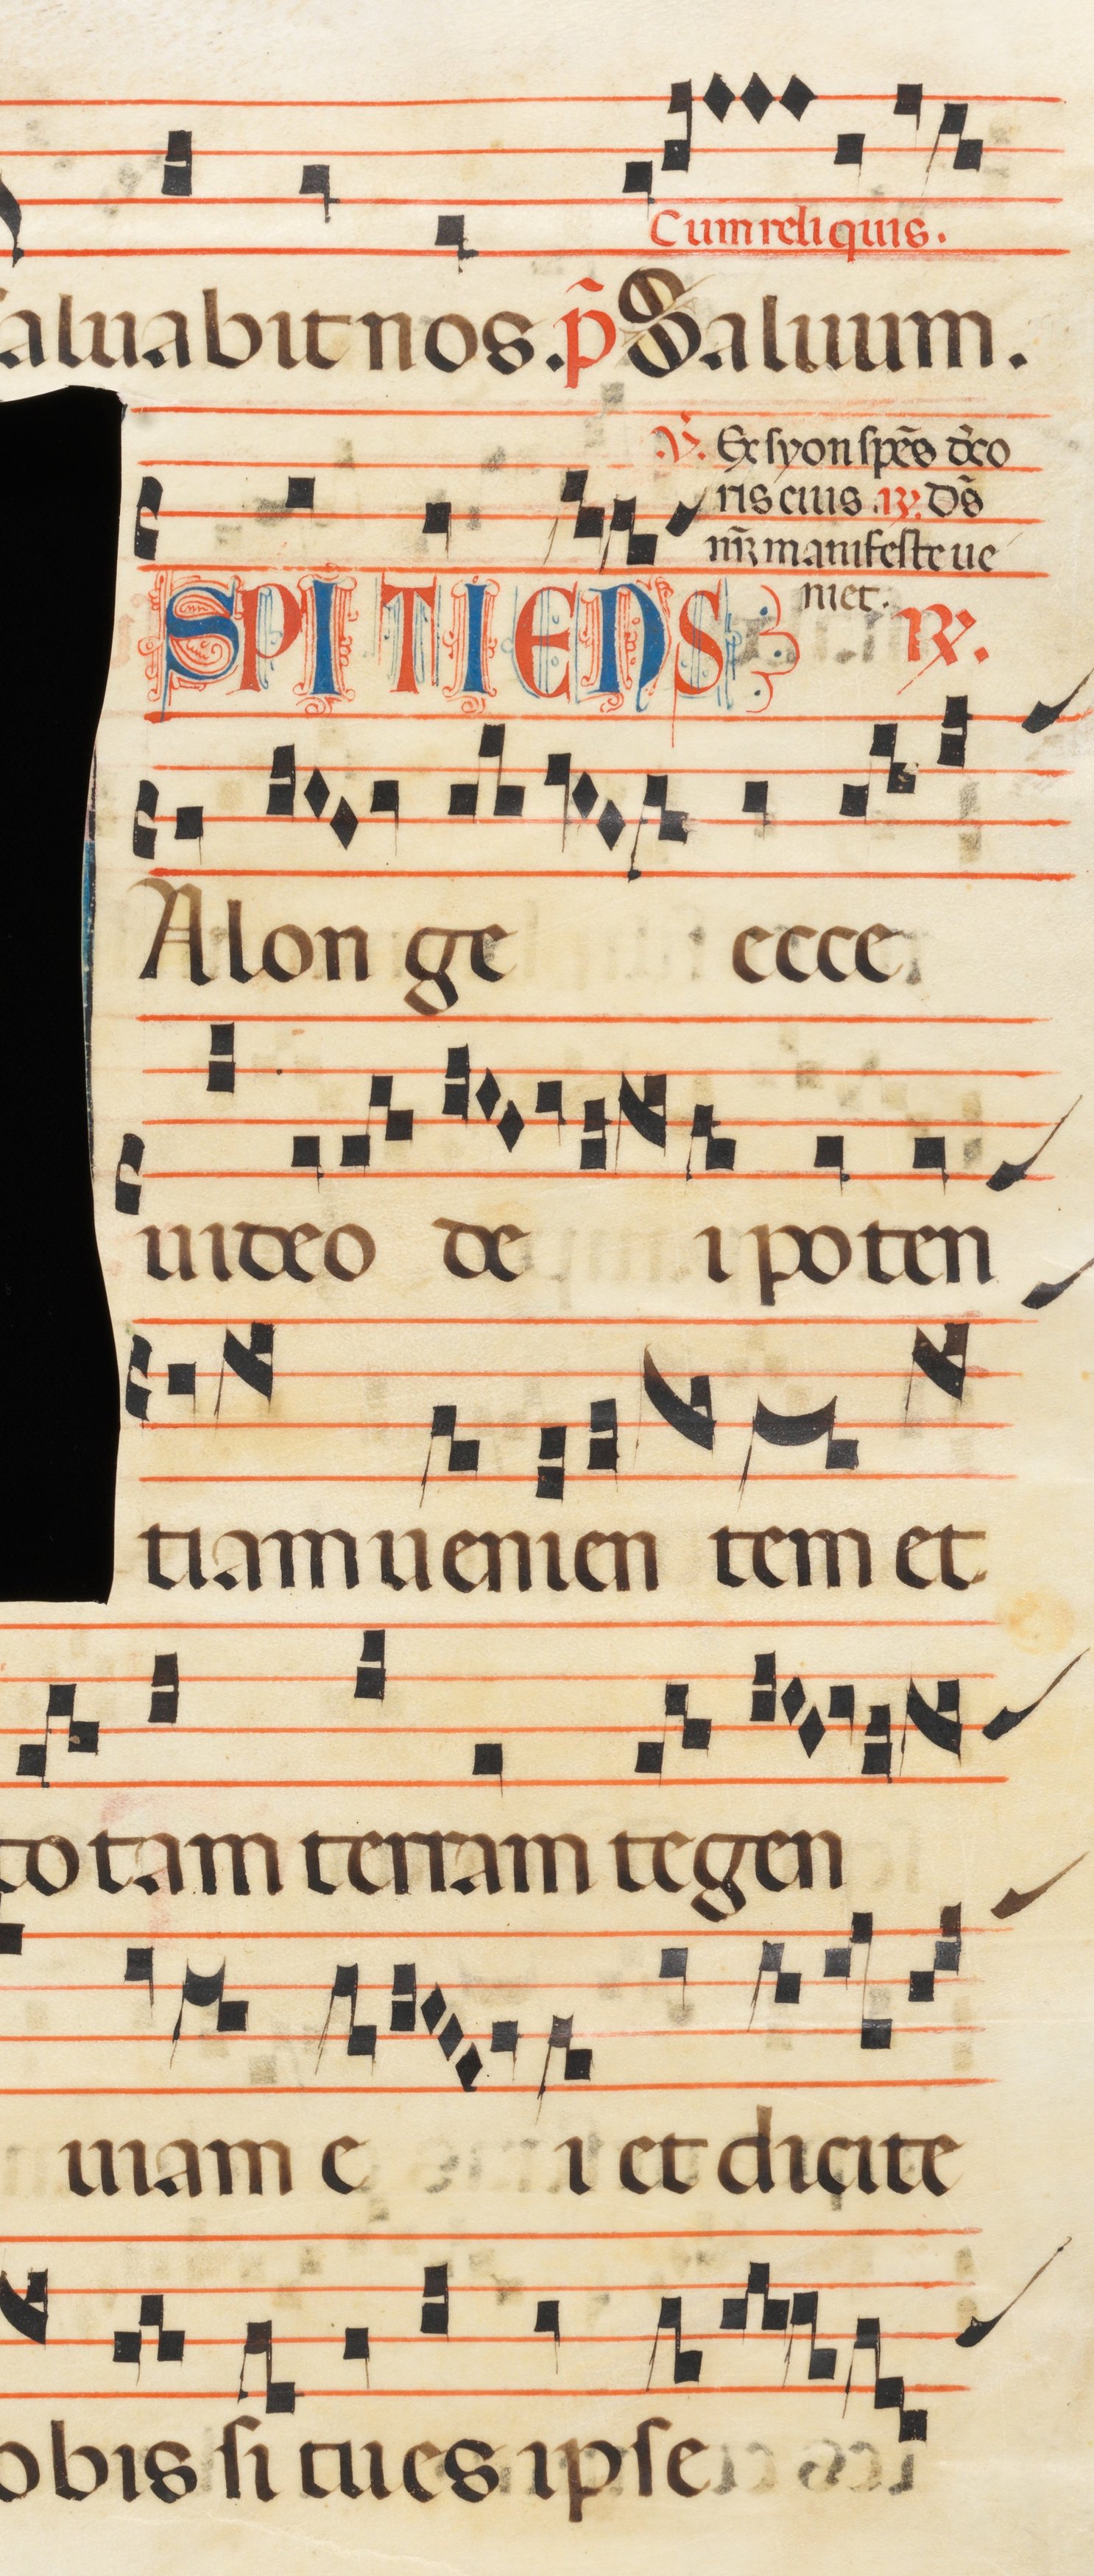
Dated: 1300–1330